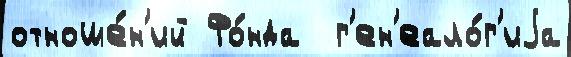
отноше́н'ий Фо́нда  г'ен'еало́г'иjа